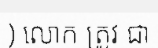
) លោក ត្រូវ ជា